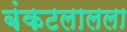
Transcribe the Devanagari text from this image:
बंकटलालला